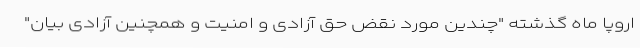
اروپا ماه گذشته "چندین مورد نقض حق آزادی و امنیت و همچنین آزادی بیان"